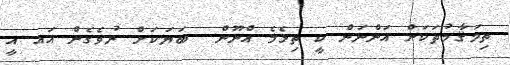
ތިމަޤާމުތަކަށް އަންނަން ކީ ތިޅެމެ އްނޫން  ބަޔަކަށް ނުވެގެން އައ އީ